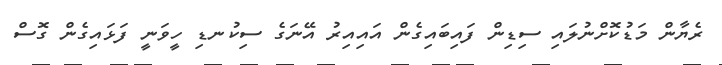
ރެޔާން މަޑުކޮށްނުލައި ސިޑިން ފައިބައިގެން އައިއިރު އޭނަގެ ސިކުނޑި ހީވަނީ ފަޅައިގެން ގޮސް